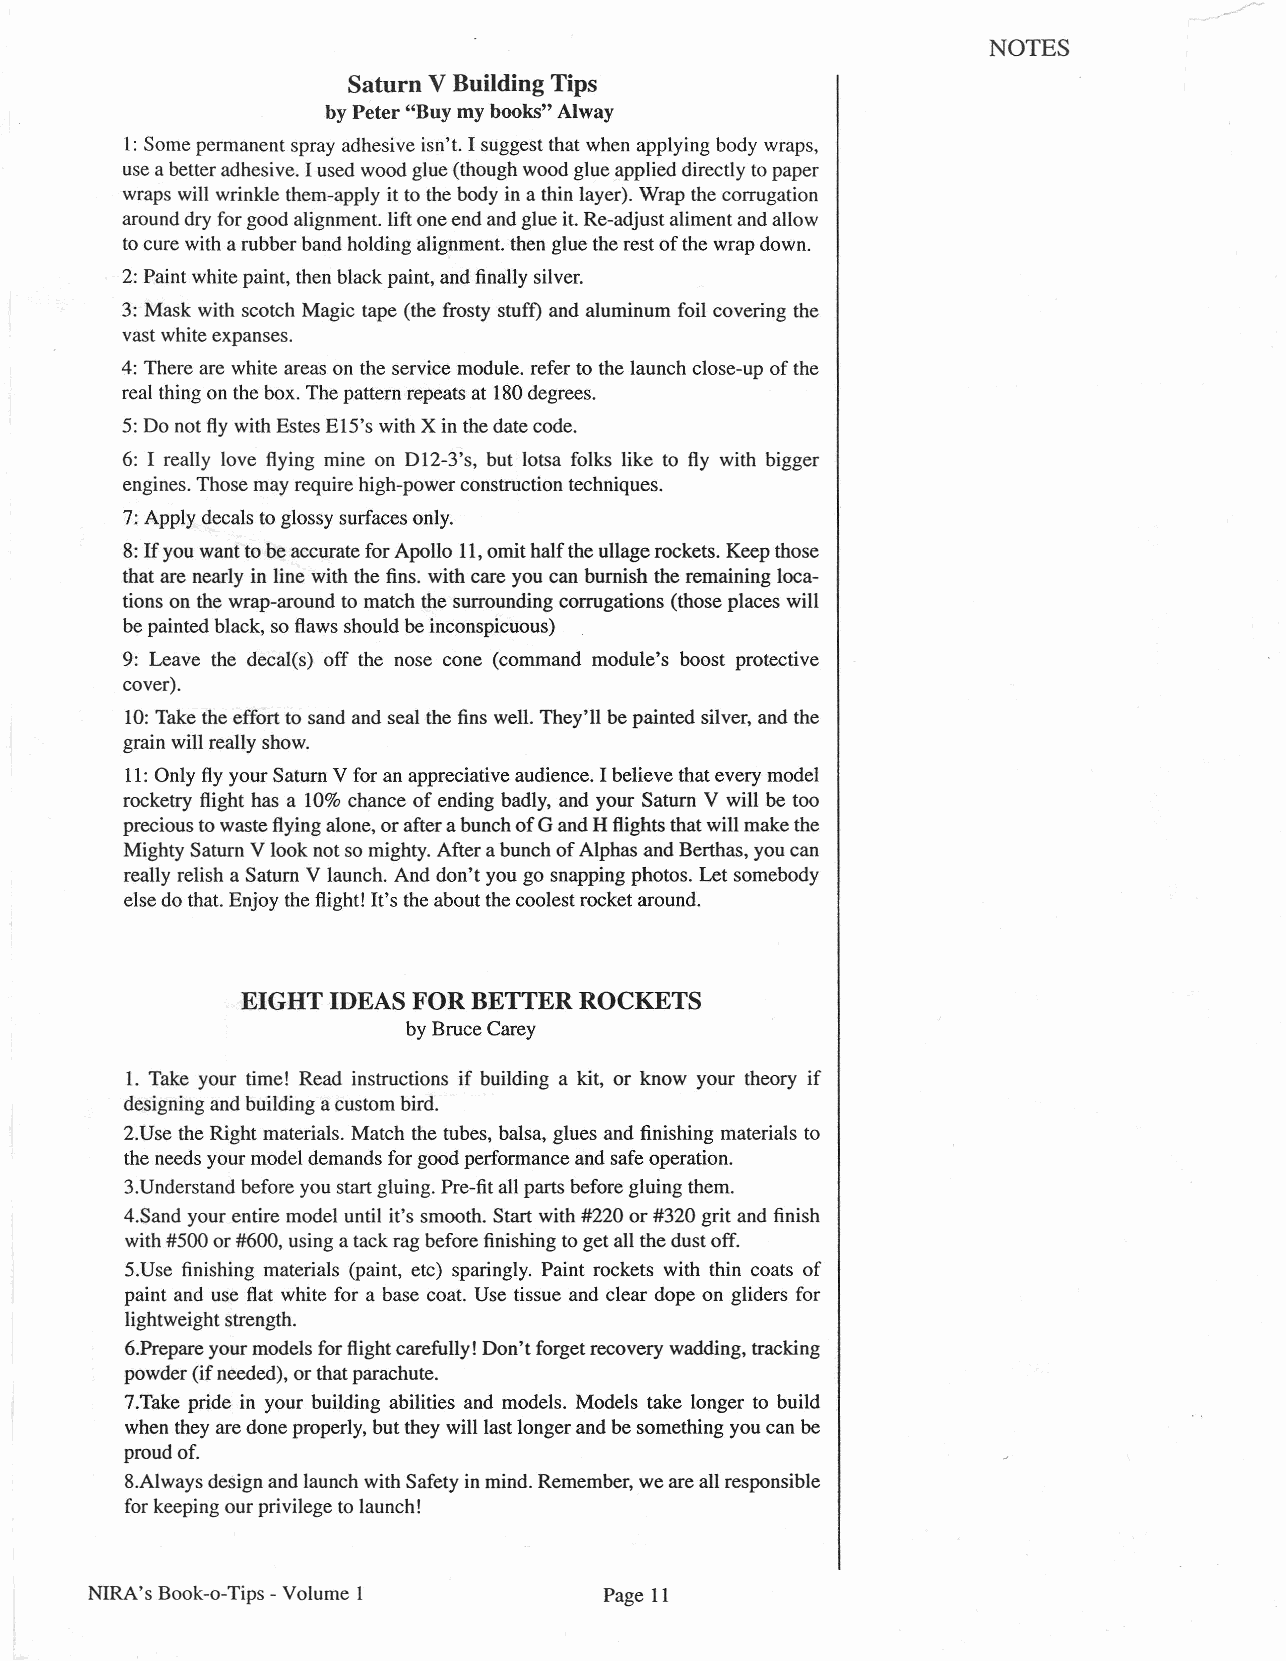
NOTES
 Saturn V Building Tips
 by Peter "Buy my books" Alway
 I: Some permanent spray adhesive isn't. I suggest that when applying body wraps,
 use abetter adhesive. I used wood glue (though wood glue applied directly to paper
 wraps will wrinkle them-apply it to the body in athin layer). Wrap the corrugation
 around dry for good alignment. lift one end and glue it. Re-adjust aliment and allow
 to cure with arubber band holding alignment. then glue the rest of the wrap down.
 2: Paint white paint, then black paint, and finally silver.
 3: Mask with scotch Magic tape (the frosty stuff) and aluminum foil covering the
 vast white expanses.
 4: There are white areas on the service module. refer to the launch close-up of the
 real thing on the box. The pattern repeats at 180degrees.
 5: Do not fly with Estes EI5's with X in the date code.
 6: I really love flying mine on DI2-3's, but lotsa folks like to fly with bigger
 engines. Those may require high-power construction techniques.
 7: Apply decals to glossy surfaces only.
 8:If you want to be accurate for Apollo 11,omit half the ullage rockets. Keep those
 that are nearly in line with the fins. with care you can burnish the remaining loca-
 tions on the wrap-around to match the surrounding corrugations (those places will
 be painted black, so flaws should be inconspicuous)
 9: Leave the decal(s) off the nose cone (command module's boost protective
 cover).
 10: Take the effort to sand and seal the fins well. They'll be painted silver, and the
 grain will really show.
 11:Only fly your Saturn V for an appreciative audience. I believe that every model
 rocketry flight has a 10% chance of ending badly, and your Saturn V will be too
 precious to waste flying alone, or after abunch of Gand H flights that will make the
 Mighty Saturn V look not so mighty. After abunch of Alphas and Berthas, you can
 really relish a Saturn V launch. And don't you go snapping photos. Let somebody
 else do that. Enjoy the flight! It's the about the coolest rocket around.
 EIGHT IDEAS FOR BETTER ROCKETS
 by Bruce Carey
 1. Take your time! Read instructions if building a kit, or know your theory if
 designing and building acustom bird.
 2.Use the Right materials. Match the tubes, balsa, glues and finishing materials to
 the needs your model demands for good performance and safe operation.
 3.Understand before you start gluing. Pre-fit all parts before gluing them.
 4.Sand your entire model until it's smooth. Start with #220 or #320 grit and finish
 with #500 or #600, using atack rag before finishing to get all the dust off.
 5.Use finishing materials (paint, etc) sparingly. Paint rockets with thin coats of
 paint and use flat white for a base coat. Use tissue and clear dope on gliders for
 lightweight strength.
 6.Prepare your models for flight carefully! Don't forget recovery wadding, tracking
 powder (if needed), or that parachute.
 7.Take pride in your building abilities and models. Models take longer to build
 when they are done properly, but they will last longer and be something you can be
 proud of.
 8.Always design and launch with Safety in mind. Remember, we are all responsible
 for keeping our privilege to launch!
 NIRA's Book-o-Tips - Volume 1     Page 11